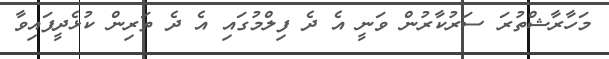
މަހާރާޝްތުރަ ސަރުކާރުން ވަނީ އެ ދެ ފިލްމުގައި އެ ދެ ތަރިން ކުޅެދީފައިވާ